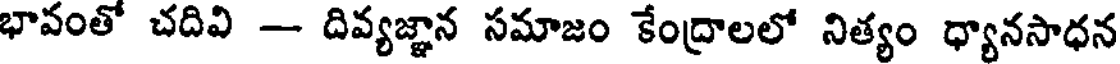
భావంతో చదివి -- దివ్యజ్ఞాన సమాజం కేంద్రాలలో నిత్యం ధ్యానసాధన